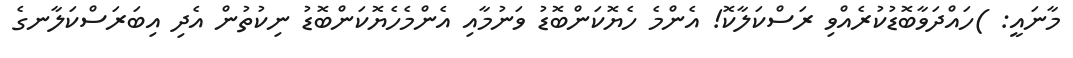
މާނައީ: )ހައްދަވާބޮޑުކުރެއްވި ރަސްކަލާކޮ! އެންމެ ހެޔޮކަންބޮޑު ވަނުމާއި އެންމެހެޔޮކަންބޮޑު ނިކުތުން އެދި އިބަރަސްކަލާނގެ